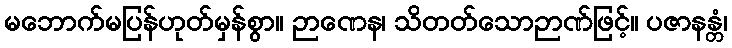
မဘောက်မပြန်ဟုတ်မှန်စွာ။ ဉာဏေန၊ သိတတ်သောဉာဏ်ဖြင့်။ ပဇာနန္တံ၊